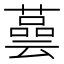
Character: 𦾆